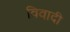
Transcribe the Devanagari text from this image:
विवादी